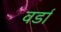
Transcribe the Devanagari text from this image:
वर्डा